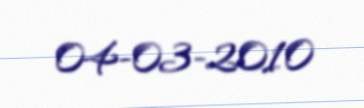
04-03-2010